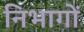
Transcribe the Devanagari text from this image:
निभागों